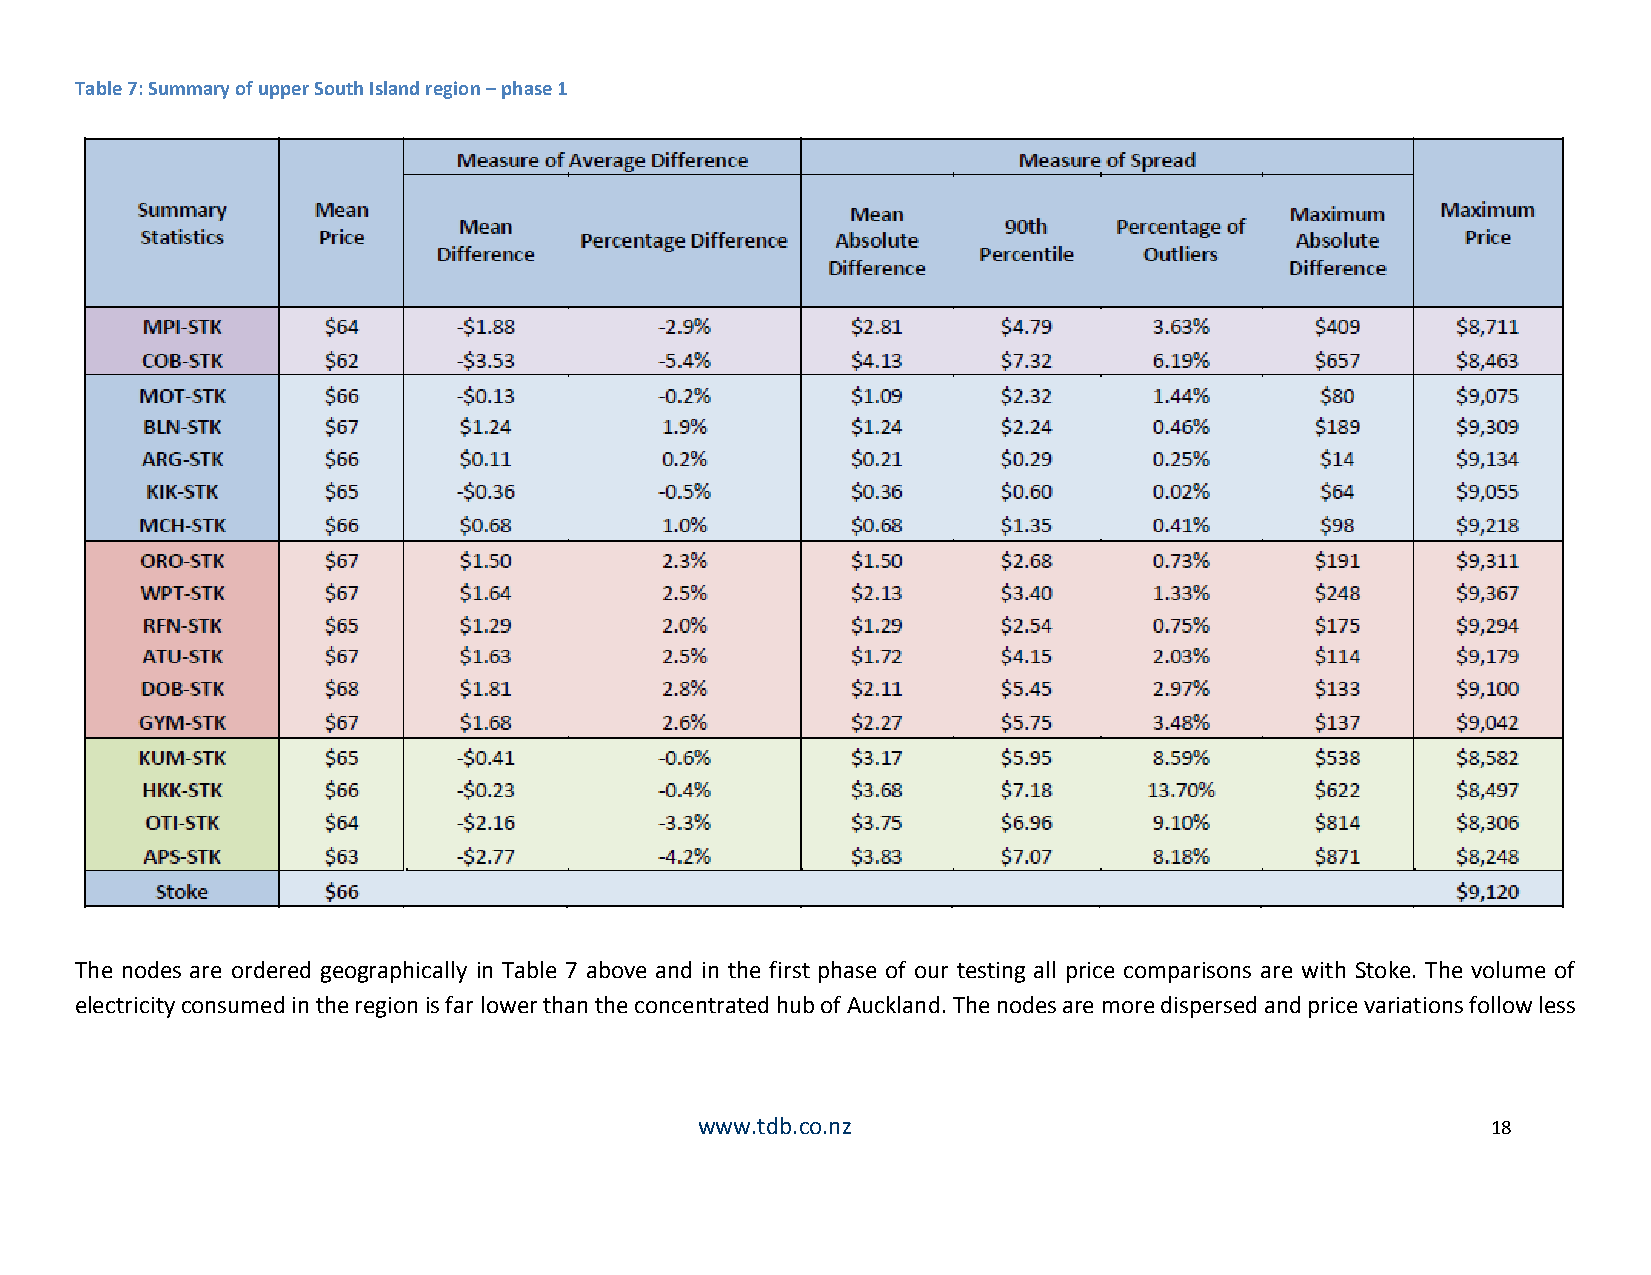
Table 7: Summary of upper South Island region – phase 1
 The nodes are ordered geographically in Table 7 above and in the first phase of our testing all price comparisons are with Stoke. The volume of
 electricity consumed in the region is far lower than the concentrated hub of Auckland. The nodes are more dispersed and price variations follow less
 www.tdb.co.nz                                        18